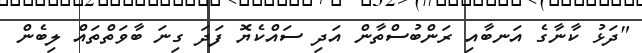
"ދަޅު ކާނާގެ އަނބާއި ރަންބުސްތާން އަދި ސައްކެޔޮ ފަދަ ގިނަ ބާވަތްތައް ލިބެން